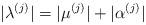
LaTeX: \begin{align*} |\lambda^{(j)}| = |\mu^{(j)}| + |\alpha^{(j)}|\end{align*}